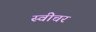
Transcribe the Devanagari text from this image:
स्वीचर